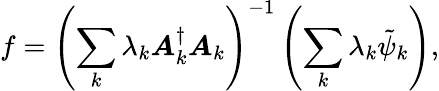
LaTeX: f=\left(\sum_{k}\lambda_{k}\boldsymbol{A}_{k}^{\dagger}\boldsymbol{A}_{k}\right)^{-1}\left(\sum_{k}\lambda_{k}\tilde{\psi}_{k}\right),